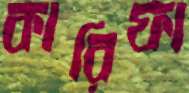
কারিফা